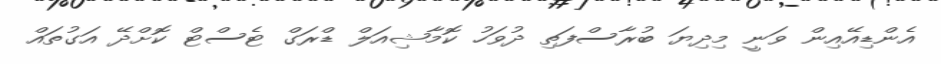
އެންޑިއޭއިން ވަނީ މިދިޔަ ބުރާސްފަތި ދުވަހު ކޮމާޝިއަލް ޑްރަގް ޓެސްޓް ކޮށްދޭ އަގުތައް